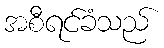
အစီရင်ခံသည်